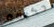
حكيمة